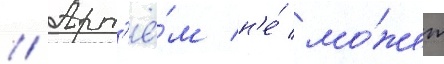
// Арт'ё́м н'е́ мо́жет